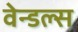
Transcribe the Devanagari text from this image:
वेन्डल्स